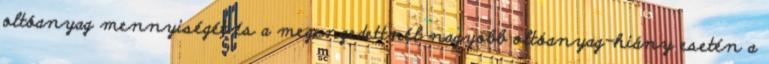
oltóanyag mennyiségét és a megengedettnél nagyobb oltóanyag-hiány esetén a